Indian journal of veterinary science and animal husbandry - Volume 8,
Year: 1938
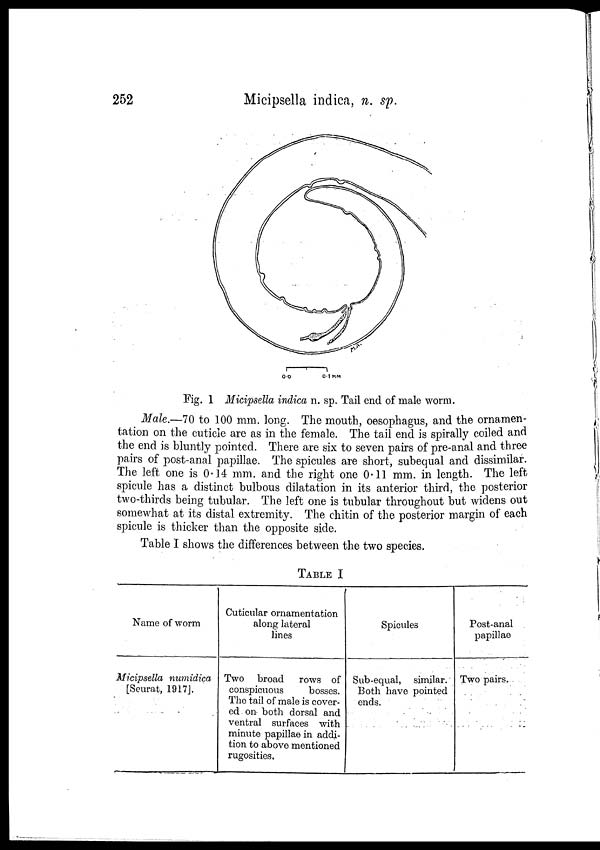
252
Micipsella indica, n. sp.
Fig. 1 Micipsella indica n. sp. Tail end of male worm.
Male.—70 to 100 mm. long. The mouth, oesophagus, and the ornamen-
tation on the cuticle are as in the female. The tail end is spirally coiled and
the end is bluntly pointed. There are six to seven pairs of pre-anal and three
pairs of post-anal papillae. The spicules are short, subequal and dissimilar.
The left one is 0.14 mm. and the right one 0.11 mm. in length. The left
spicule has a distinct bulbous dilatation in its anterior third, the posterior
two-thirds being tubular. The left one is tubular throughout but widens out
somewhat at its distal extremity. The chitin of the posterior margin of each
spicule is thicker than the opposite side.
Table I shows the differences between the two species.
TABLE I
Name of worm
Micipsella numidica
[Seurat, 1917].
Cuticular ornamentation
along lateral
lines
Two broad
rows of
conspicuous
bosses.
The tail of male is cover-
ed on both dorsal and
ventral surfaces with
minute papillae in addi-
tion to above mentioned
rugosities.
Spicules
Sub-equal, similar.
Both have pointed
ends.
Post-anal
papillae
Two pairs.